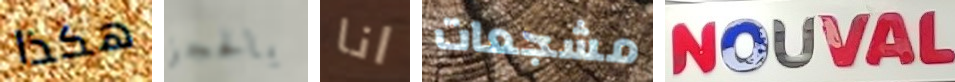
هكذا بالحجز انا مشجعات NOUVAL